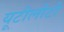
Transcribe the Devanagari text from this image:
यूटीलीटी